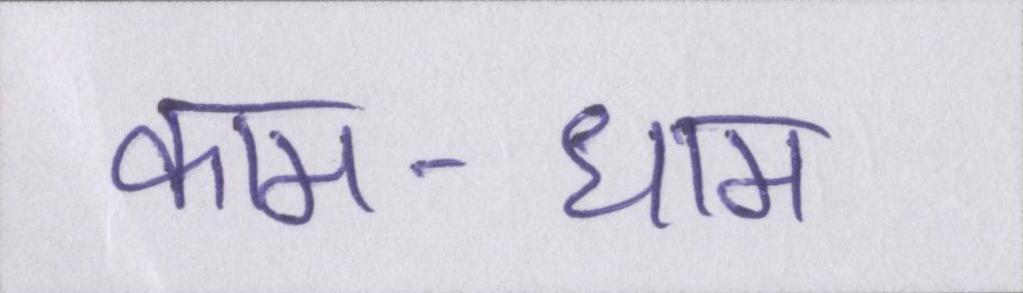
काम-धाम